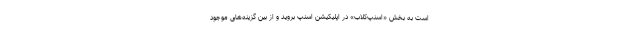
است به بخش «اسنپ‌کلاب» در اپلیکیشن اسنپ بروید و از بین گزینه‌های موجود